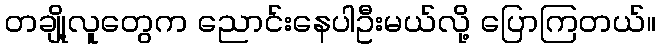
တချို့လူတွေက ညောင်းနေပါဦးမယ်လို့ ပြောကြတယ်။